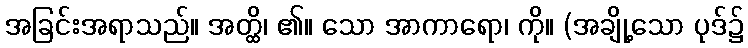
အခြင်းအရာသည်။ အတ္ထိ၊ ၏။ သော အာကာရော၊ ကို။ (အချို့သော ပုဒ်၌